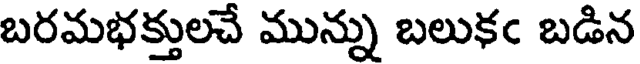
బరమభక్తులచే మున్ను బలుకం బడిన